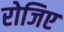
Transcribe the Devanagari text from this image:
रोजिए